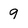
Character: 9